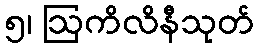
၅၊ ဩကိလိနီသုတ်